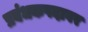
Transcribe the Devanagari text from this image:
प्रबंधकपदावर